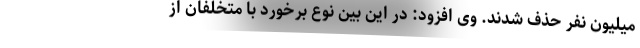
میلیون نفر حذف شدند. وی افزود: در این بین نوع برخورد با متخلفان از